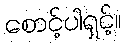
စောင့်ပါရှင့်။